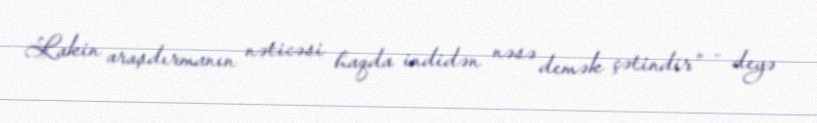
Lakin araşdırmanın nəticəsi haqda indidən nəsə demək çətindir” - deyə